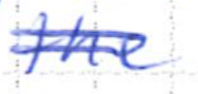
Text: the
Cross-out: double-line
Writing tool: ballpoint